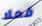
فعلا